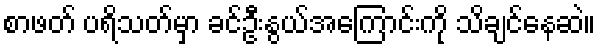
စာဖတ် ပရိသတ်မှာ ခင်ဦးနွယ်အကြောင်းကို သိချင်နေဆဲ။